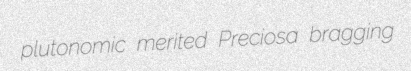
plutonomic merited Preciosa bragging